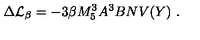
\Delta { \cal L } _ { \beta } = - 3 \beta M _ { 5 } ^ { 3 } A ^ { 3 } B N V ( Y ) \ .